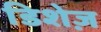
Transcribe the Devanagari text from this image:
डिशेज़